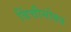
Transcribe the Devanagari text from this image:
विंचीसोबत